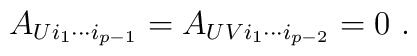
A_{Ui_1 \cdots i_{p-1}} = A_{UVi_1 \cdots i_{p-2}} = 0 ~.